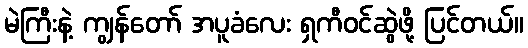
မဲကြီးနဲ့ ကျွန်တော် အပူခံလေး ရှကီဝင်ဆွဲဖို့ ပြင်တယ်။